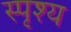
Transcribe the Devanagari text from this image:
स्पृश्‍य